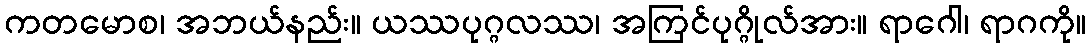
ကတမောစ၊ အဘယ်နည်း။ ယဿပုဂ္ဂလဿ၊ အကြင်ပုဂ္ဂိုလ်အား။ ရာဂေါ၊ ရာဂကို။